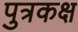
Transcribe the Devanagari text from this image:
पुत्रकक्ष